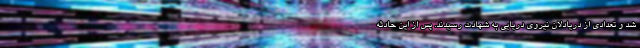
شد و تعدادی از دریادلان نیروی دریایی به شهادت رسیدند. پس از این حادثه